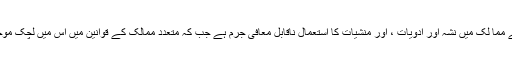
بہت سے مما لک میں نشہ آور ادویات ، اور منشیات کا استعمال ناقابلِ معافی جرم ہے جب کہ متعدد ممالک کے قوانین میں اس میں لچک موجود ہے۔